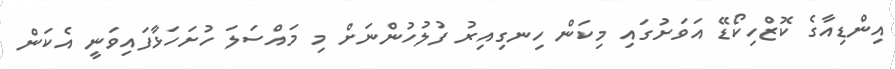
އިންޑިއާގެ ކޮޒްހިކޯޑޭ އަވަށުގައި މިކަން ހިނގިއިރު ފުލުހުންނަށް މި މައްސަލަ ހުށަހަޅާފައިވަނީ އެކަން